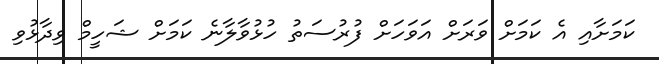
ކަމަށާއި އެ ކަމަށް ވަރަށް އަވަހަށް ފުރުސަތު ހުޅުވާލާނެ ކަމަށް ޝަހީމް ވިދާޅުވި